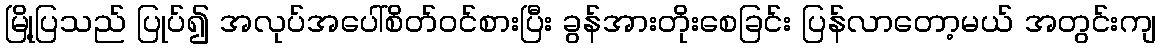
မြို့ပြသည် ပြုပ်၍ အလုပ်အပေါ်စိတ်ဝင်စားပြီး ခွန်အားတိုးစေခြင်း ပြန်လာတော့မယ် အတွင်းကျ